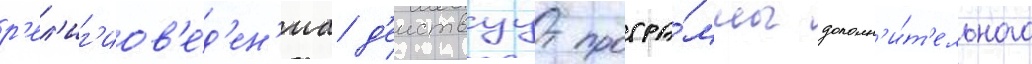
р'ел'иг'иов'е́д'ен'иа д'еиствуут програ́ммы дополн'и́т'ельного